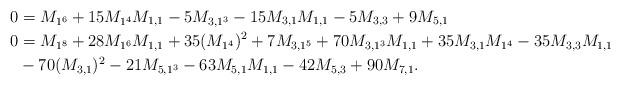
LaTeX: \begin{align*}0 & = M_{1^6} + 15 M_{1^4} M_{1,1} - 5 M_{3,1^3} - 15 M_{3,1}M_{1,1} - 5M_{3,3} + 9 M_{5,1} \\0 & = M_{1^8} + 28M_{1^6}M_{1,1} + 35(M_{1^4})^2 + 7M_{3,1^5} + 70M_{3,1^3}M_{1,1} + 35M_{3,1}M_{1^4} - 35M_{3,3}M_{1,1} \\& - 70(M_{3,1})^2 - 21 M_{5,1^3} - 63M_{5,1}M_{1,1} - 42M_{5,3} + 90 M_{7,1} .\end{align*}